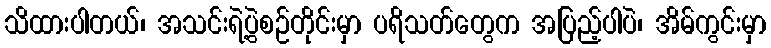
သိထားပါတယ်၊ အသင်းရဲ့ပွဲစဉ်တိုင်းမှာ ပရိသတ်တွေက အပြည့်ပါပဲ၊ အိမ်ကွင်းမှာ